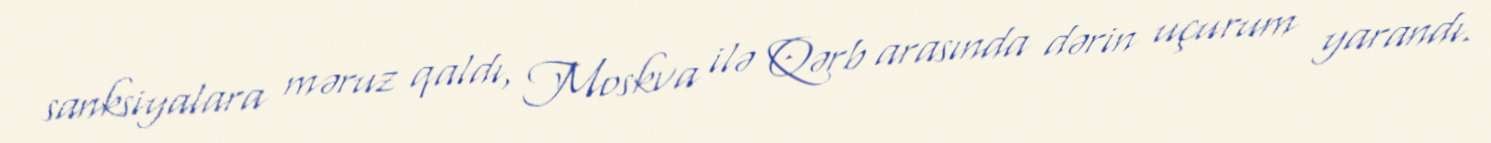
sanksiyalara məruz qaldı, Moskva ilə Qərb arasında dərin uçurum yarandı.